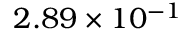
2 . 8 9 \times 1 0 ^ { - 1 }